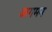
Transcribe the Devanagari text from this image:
अगमन